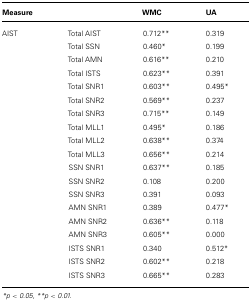
| Measure |  | WMC | UA |
 | --- | --- | --- | --- |
 | AIST | Total AIST | 0.712** | 0.319 |
 |  | Total SSN | 0.460* | 0.199 |
 |  | Total AMN | 0.616** | 0.210 |
 |  | Total ISTS | 0.623** | 0.391 |
 |  | Total SNR1 | 0.603** | 0.495* |
 |  | Total SNR2 | 0.569** | 0.237 |
 |  | Total SNR3 | 0.715** | 0.149 |
 |  | Total MLL1 | 0.495* | 0.186 |
 |  | Total MLL2 | 0.638** | 0.374 |
 |  | Total MLL3 | 0.656** | 0.214 |
 |  | SSN SNR1 | 0.637** | 0.185 |
 |  | SSN SNR2 | 0.108 | 0.200 |
 |  | SSN SNR3 | 0.391 | 0.093 |
 |  | AMN SNR1 | 0.389 | 0.477* |
 |  | AMN SNR2 | 0.636** | 0.118 |
 |  | AMN SNR3 | 0.605** | 0.000 |
 |  | ISTS SNR1 | 0.340 | 0.512* |
 |  | ISTS SNR2 | 0.602** | 0.218 |
 |  | ISTS SNR3 | 0.665** | 0.283 |